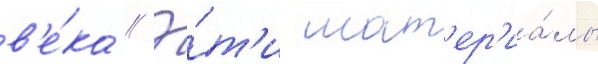
в'е́ка // Э́т'и мат'ер'иа́лы